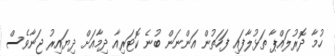
ހުމާ ދޮރުލައްޕާ ތަޅުލާފައި ފަހަތުން އަންނަން ބުނެ ކޮޓަރިއާ ދިމާއަށް ދިޔައިރު ޖަނާވެސް